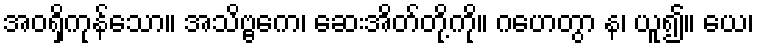
အဝရှိကုန်သော။ အသိဗ္ဗကေ၊ ဆေးအိတ်တို့ကို။ ဂဟေတွာ န၊ ယူ၍။ ယေ၊